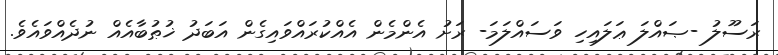
ރަސޫލު -ޞައްލަ ޢަލައިހި ވަސައްލަމަ- ރަށު އެންމެން އެއްކުރައްވައިގެން އަބަދު ޚުޠުބާއެއް ނުދެއްވައެވެ.